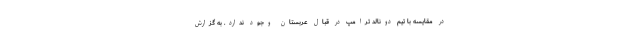
در مقایسه با تیم دونالد ترامپ در قبال عربستان وجود ندارد. به گزارش